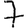
Digit: 7